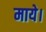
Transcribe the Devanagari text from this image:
माये।